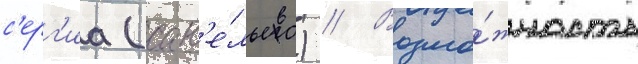
с'ерг'иа (сав'е́льева) // Возмо́жность